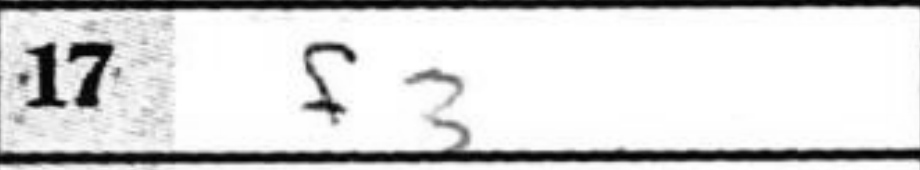
Transcription: f3